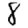
Digit: 8